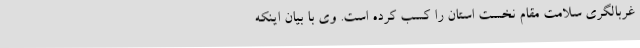
غربالگری سلامت مقام نخست استان را کسب کرده است. وی با بیان اینکه